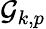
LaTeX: \mathcal{G}_{k,p}